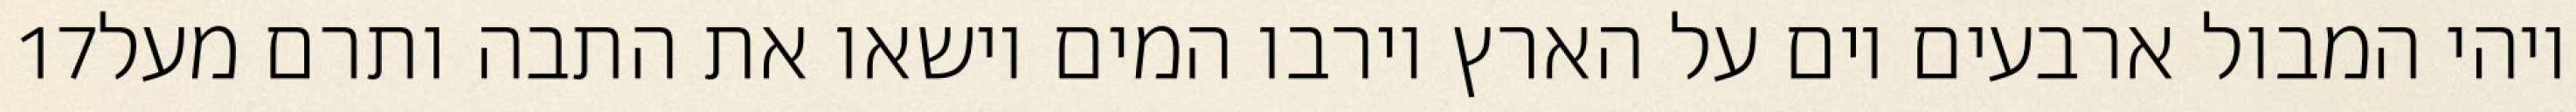
‎17‏ ויהי המבול ארבעים יום על הארץ וירבו המים וישאו את התבה ותרם מעל